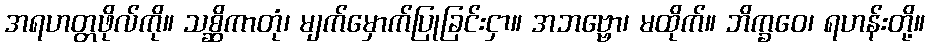
အရဟတ္တဖိုလ်ကို။ သစ္ဆိကာတုံ၊ မျက်မှောက်ပြုခြင်းငှာ။ အဘဗ္ဗော၊ မထိုက်။ ဘိက္ခဝေ၊ ရဟန်းတို့။